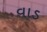
વાડ